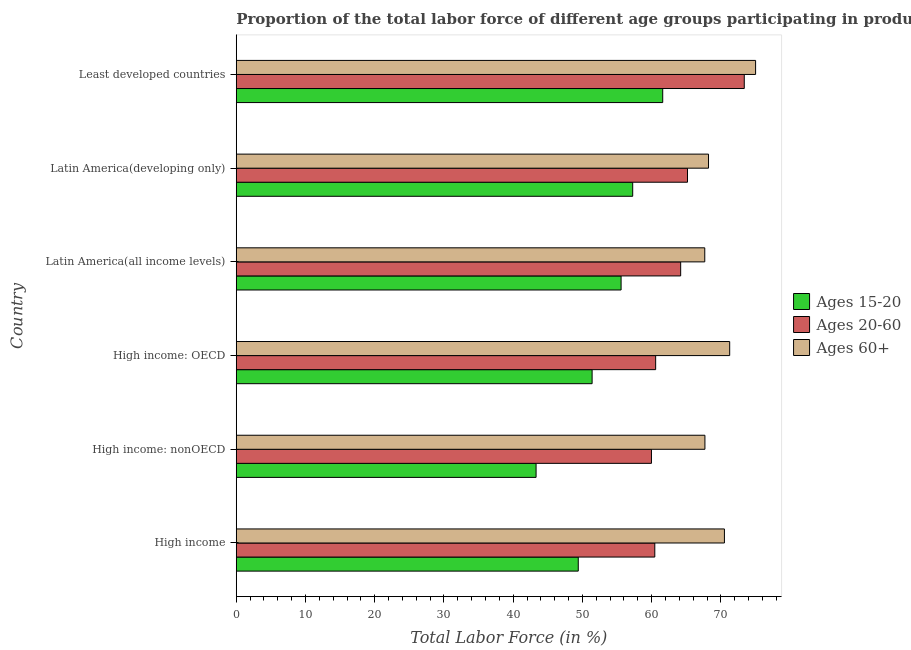
| Country | Ages 15-20 | Ages 20-60 | Ages 60+ |
 | --- | --- | --- | --- |
 | High income | 49.4 | 60.5 | 70.5 |
 | High income: nonOECD | 43.3 | 60 | 67.7 |
 | High income: OECD | 51.4 | 60.6 | 71.3 |
 | Latin America(all income levels) | 55.6 | 64.2 | 67.7 |
 | Latin America(developing only) | 57.3 | 65.2 | 68.2 |
 | Least developed countries | 61.6 | 73.4 | 75 |